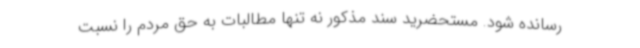
رسانده شود. مستحضرید سند مذکور نه تنها مطالبات به حق مردم را نسبت